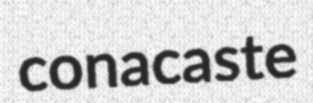
conacaste